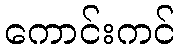
ကောင်းကင်